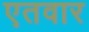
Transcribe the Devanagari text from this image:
एतवार